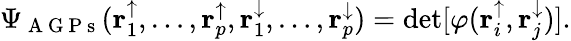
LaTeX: \Psi_{\mathrm{~A~G~P~s~}}(\mathbf{r}_{1}^{\uparrow},\dots,\mathbf{r}_{p}^{\uparrow},\mathbf{r}_{1}^{\downarrow},\dots,\mathbf{r}_{p}^{\downarrow})=\operatorname*{det}[\varphi(\mathbf{r}_{i}^{\uparrow},\mathbf{r}_{j}^{\downarrow})].